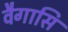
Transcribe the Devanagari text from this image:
वैगासि